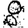
Digit: 8